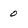
Character: 0